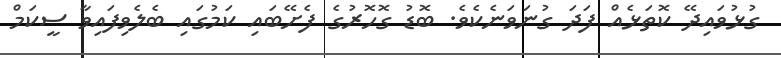
ގުޅުވައިދޭ ކޮތަޅެއް ފަދަ ގުނަވަނެކެވެ. ބޮޑު ގޮހޮރުގެ ފެށޭބައި ކަމުގައި ބެލެވިފައިވާ ސީކަމް